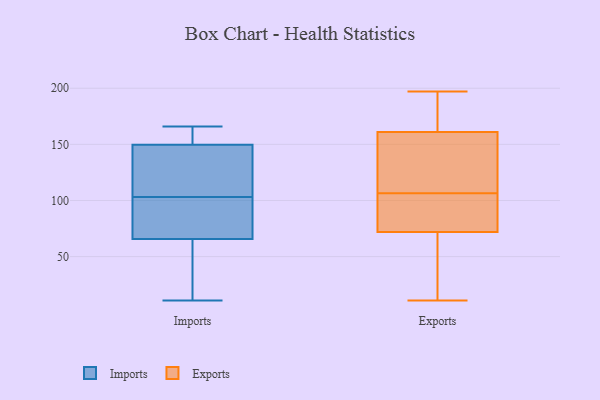
{"axis": {"x": "Market Share (%)", "y": "Value"}, "legend": ["Exports", "Imports"], "data": [{"x": "", "y": 119, "type": "Imports"}, {"x": "", "y": 155, "type": "Imports"}, {"x": "", "y": 50, "type": "Imports"}, {"x": "", "y": 148, "type": "Imports"}, {"x": "", "y": 32, "type": "Imports"}, {"x": "", "y": 11, "type": "Imports"}, {"x": "", "y": 102, "type": "Imports"}, {"x": "", "y": 36, "type": "Imports"}, {"x": "", "y": 164, "type": "Imports"}, {"x": "", "y": 142, "type": "Imports"}, {"x": "", "y": 152, "type": "Imports"}, {"x": "", "y": 149, "type": "Imports"}, {"x": "", "y": 71, "type": "Imports"}, {"x": "", "y": 93, "type": "Imports"}, {"x": "", "y": 166, "type": "Imports"}, {"x": "", "y": 103, "type": "Imports"}, {"x": "", "y": 88, "type": "Imports"}, {"x": "", "y": 161, "type": "Exports"}, {"x": "", "y": 143, "type": "Exports"}, {"x": "", "y": 196, "type": "Exports"}, {"x": "", "y": 72, "type": "Exports"}, {"x": "", "y": 59, "type": "Exports"}, {"x": "", "y": 73, "type": "Exports"}, {"x": "", "y": 188, "type": "Exports"}, {"x": "", "y": 101, "type": "Exports"}, {"x": "", "y": 99, "type": "Exports"}, {"x": "", "y": 106, "type": "Exports"}, {"x": "", "y": 197, "type": "Exports"}, {"x": "", "y": 155, "type": "Exports"}, {"x": "", "y": 11, "type": "Exports"}, {"x": "", "y": 196, "type": "Exports"}, {"x": "", "y": 107, "type": "Exports"}, {"x": "", "y": 143, "type": "Exports"}, {"x": "", "y": 45, "type": "Exports"}, {"x": "", "y": 15, "type": "Exports"}]}